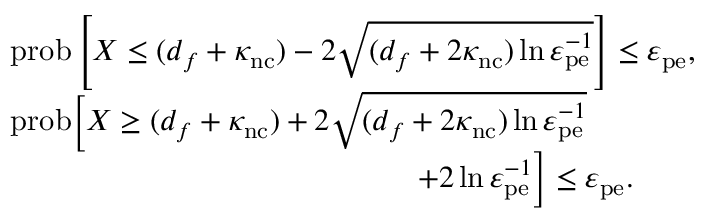
\begin{array} { r l } & { \mathrm { p r o b } \left[ X \leq ( d _ { f } + \kappa _ { \mathrm { n c } } ) - 2 \sqrt { ( d _ { f } + 2 \kappa _ { \mathrm { n c } } ) \ln \varepsilon _ { \mathrm { p e } } ^ { - 1 } } \right] \leq \varepsilon _ { \mathrm { p e } } , } \\ & { \mathrm { p r o b } \Big [ X \geq ( d _ { f } + \kappa _ { \mathrm { n c } } ) + 2 \sqrt { ( d _ { f } + 2 \kappa _ { \mathrm { n c } } ) \ln \varepsilon _ { \mathrm { p e } } ^ { - 1 } } } \\ & { ~ ~ ~ ~ ~ ~ ~ ~ ~ ~ ~ ~ ~ ~ ~ ~ ~ ~ ~ ~ ~ ~ ~ ~ ~ ~ ~ ~ ~ ~ ~ ~ ~ ~ ~ ~ ~ ~ ~ ~ + 2 \ln \varepsilon _ { \mathrm { p e } } ^ { - 1 } \Big ] \leq \varepsilon _ { \mathrm { p e } } . } \end{array}